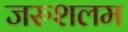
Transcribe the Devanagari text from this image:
जरुशलम